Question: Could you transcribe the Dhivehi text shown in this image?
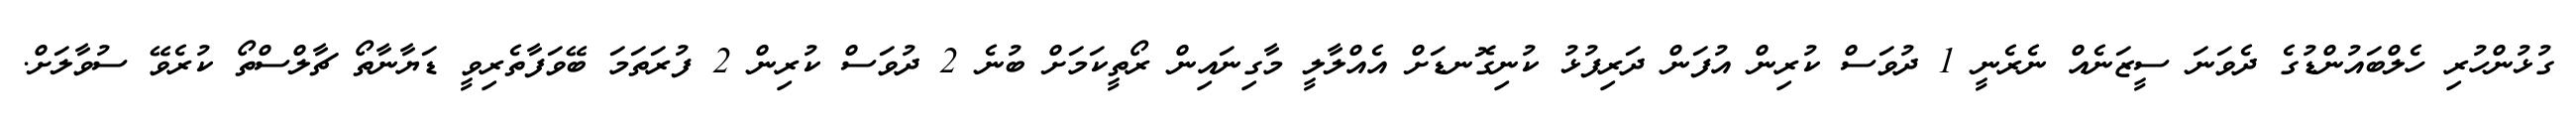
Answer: ގުޅުންހުރި ހެލްބައުންޑުގެ ދެވަނަ ސީޒަނެއް ނެރެނީ 1 ދުވަސް ކުރިން އުފަން ދަރިފުޅު ކުނިގޮނޑަށް އެއްލާލީ މާގިނައިން ރޯތީކަމަށް ބުނެ 2 ދުވަސް ކުރިން 2 ފުރަތަމަ ބޭވަފާތެރިވީ ޑަޔާނާތޯ ޗާލްސްތޯ ކުރެވޭ ސުވާލަށް.